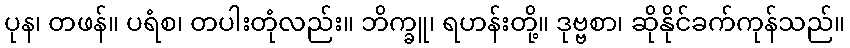
ပုန၊ တဖန်။ ပရံစ၊ တပါးတုံလည်း။ ဘိက္ခူ၊ ရဟန်းတို့။ ဒုဗ္ဗစာ၊ ဆိုနိုင်ခက်ကုန်သည်။